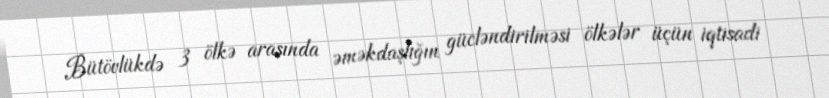
Bütövlükdə 3 ölkə arasında əməkdaşlığın gücləndirilməsi ölkələr üçün iqtisadi